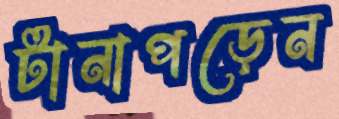
টানাপড়েন